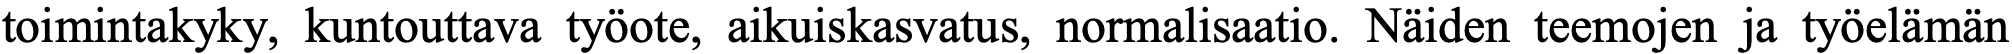
toimintakyky, kuntouttava työote, aikuiskasvatus, normalisaatio. Näiden teemojen ja työelämän